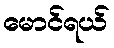
မောင်ရယ်